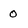
Character: 0